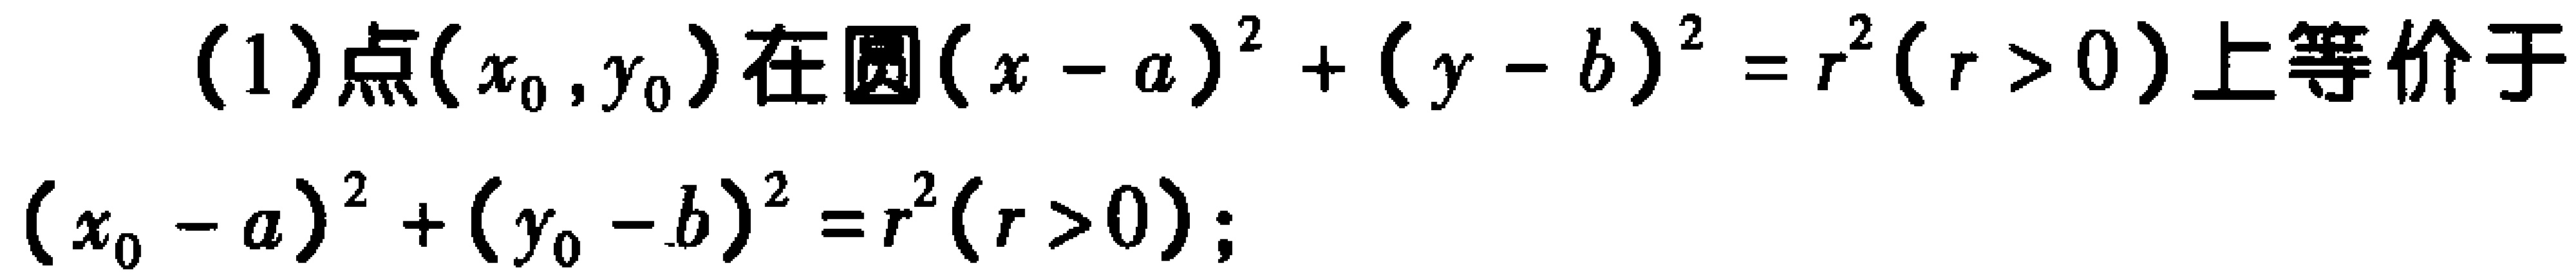
(1)点\((x_0,y_0)\)在圆\((x - a)^2 + (y - b)^2 = r^2(r > 0)\)上等价于\((x_0 - a)^2 + (y_0 - b)^2 = r^2(r > 0)\);